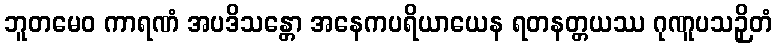
ဘူတမေဝ ကာရဏံ အပဒိသန္တော အနေကပရိယာယေန ရတနတ္တယဿ ဂုဏူပသဉှိတံ